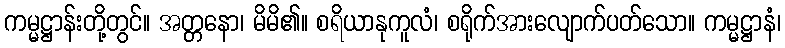
ကမ္မဋ္ဌာန်းတို့တွင်။ အတ္တနော၊ မိမိ၏။ စရိယာနုကူလံ၊ စရိုက်အားလျောက်ပတ်သော။ ကမ္မဋ္ဌာနံ၊